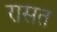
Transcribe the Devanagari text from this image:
रासत